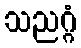
သညဂ္ဂံ